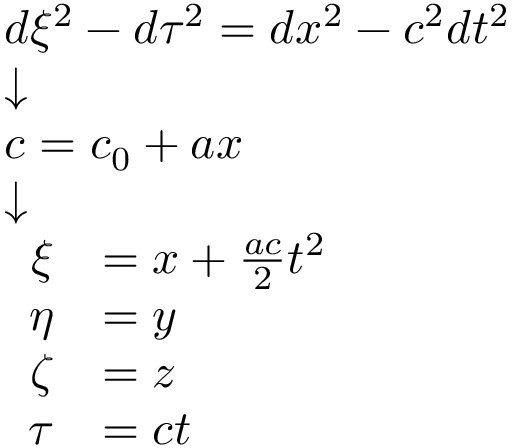
{ \scriptstyle { \begin{array} { l } { d \xi ^ { 2 } - d \tau ^ { 2 } = d x ^ { 2 } - c ^ { 2 } d t ^ { 2 } } \\ { { \boldsymbol { \downarrow } } } \\ { c = c _ { 0 } + a x } \\ { { \boldsymbol { \downarrow } } } \\ { { \begin{array} { r l } { \xi } & { = x + { \frac { a c } { 2 } } t ^ { 2 } } \\ { \eta } & { = y } \\ { \zeta } & { = z } \\ { \tau } & { = c t } \end{array} } } \end{array} } }